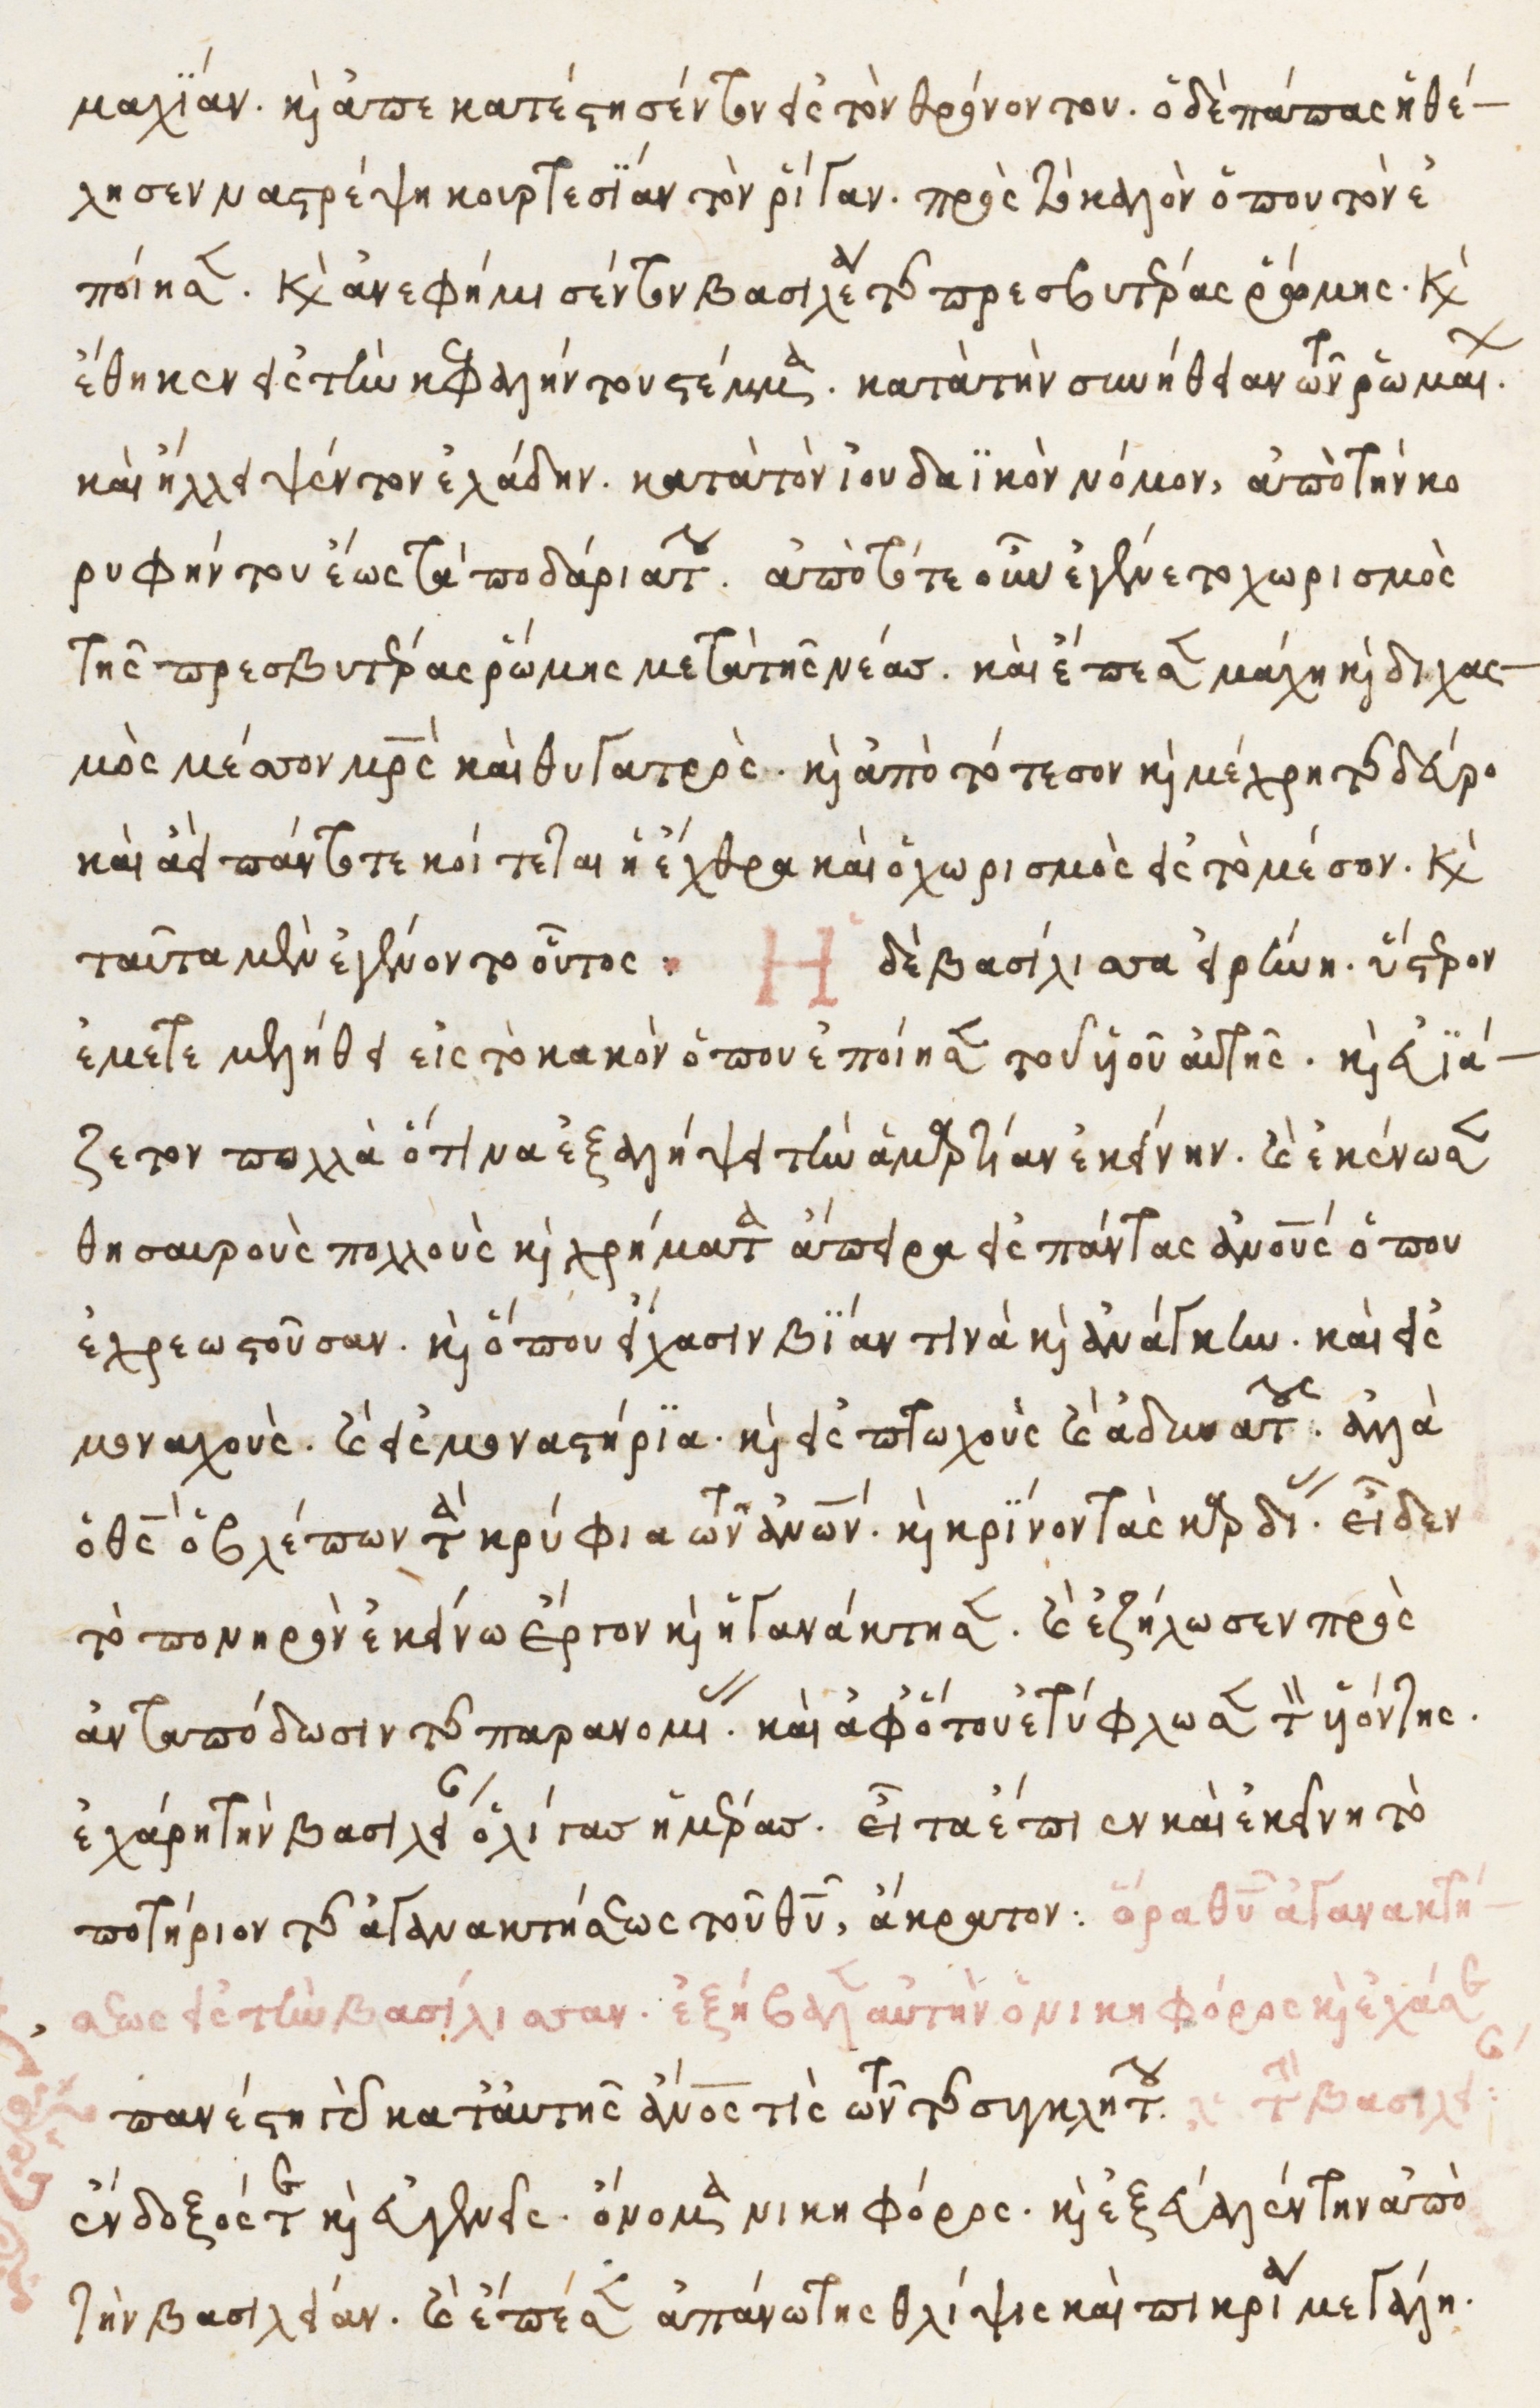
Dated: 1525–1549